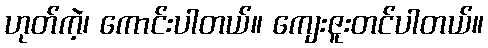
ဟုတ်ကဲ့၊ ကောင်းပါတယ်။ ကျေးဇူးတင်ပါတယ်။